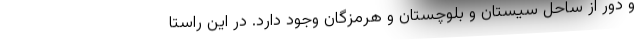
و دور از ساحل سیستان و بلوچستان و هرمزگان وجود دارد. در این راستا